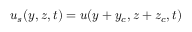
u _ { s } ( y , z , t ) = u ( y + y _ { c } , z + z _ { c } , t )